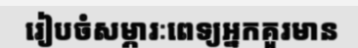
រៀបចំសម្ភារៈពេទ្យអ្នកគួរមាន